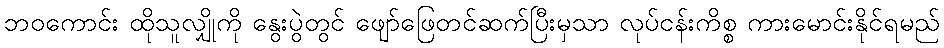
ဘဝကောင်း ထိုသူလျှိုကို နွေးပွဲတွင် ဖျော်ဖြေတင်ဆက်ပြီးမှသာ လုပ်ငန်းကိစ္စ ကားမောင်းနိုင်ရမည်